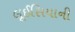
લૂઈસિયાની